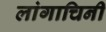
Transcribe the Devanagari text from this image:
लांगाचिनी